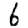
Digit: 6